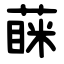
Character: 蔝